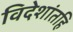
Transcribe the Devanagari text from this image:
विदेशांतहि